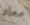
معاد